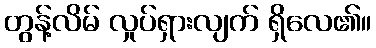
တွန့်လိမ် လှုပ်ရှားလျက် ရှိလေ၏။